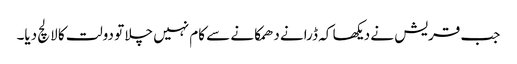
جب قریش نے دیکھا کہ ڈرانے دھمکانے سے کام نہیں چلا تو دولت کا لالچ دیا۔